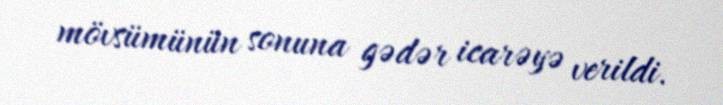
mövsümünün sonuna gədər icarəyə verildi.